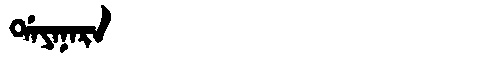
Manchu: ᡩᠠᠶᠠᠨᠠᡵᠠ
Romanization: DAYANARA